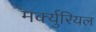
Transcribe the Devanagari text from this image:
मर्क्युरियल